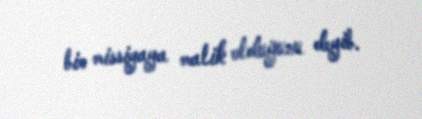
bir missiyaya malik olduğunu deyib.